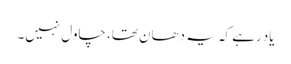
یاد رہے کہ یہ دھان تھا، چاول نہیں۔